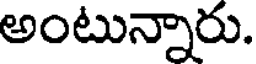
అంటున్నారు.